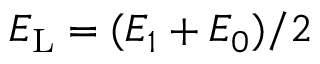
{ E } _ { \mathrm { L } } = ( E _ { 1 } + E _ { 0 } ) / 2